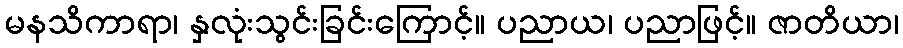
မနသိကာရာ၊ နှလုံးသွင်းခြင်းကြောင့်။ ပညာယ၊ ပညာဖြင့်။ ဇာတိယာ၊